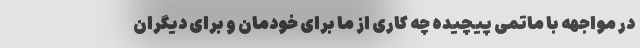
در مواجهه با ماتمی پیچیده چه کاری از ما برای خودمان و برای دیگران